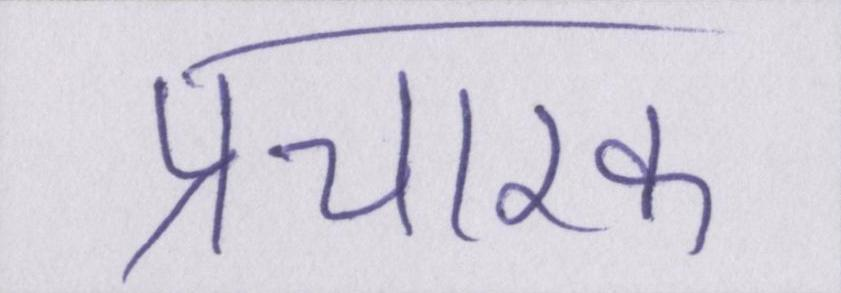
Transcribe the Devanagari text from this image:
प्रचारक